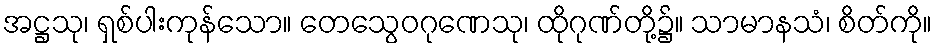
အဋ္ဌသု၊ ရှစ်ပါးကုန်သော။ တေသွေဝဂုဏေသု၊ ထိုဂုဏ်တို့၌။ သာမာနသံ၊ စိတ်ကို။